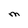
Character: M